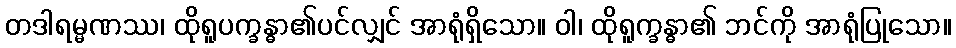
တဒါရမ္မဏဿ၊ ထိုရူပက္ခန္ဓာ၏ပင်လျှင် အာရုံရှိသော။ ဝါ၊ ထိုရူက္ခန္ဓာ၏ ဘင်ကို အာရုံပြုသော။